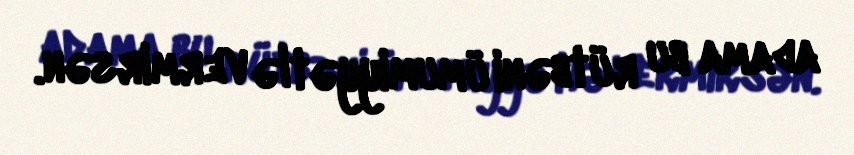
adama bu rütbəni ümumiyyətlə vermirsən.